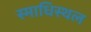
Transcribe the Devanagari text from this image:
स्माधिस्थल